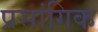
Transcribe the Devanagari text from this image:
प्रसांगिक